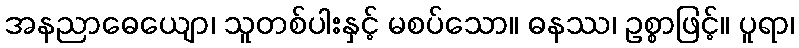
အနညာဓေယျော၊ သူတစ်ပါးနှင့် မစပ်သော။ ဓနဿ၊ ဥစ္စာဖြင့်။ ပူရာ၊